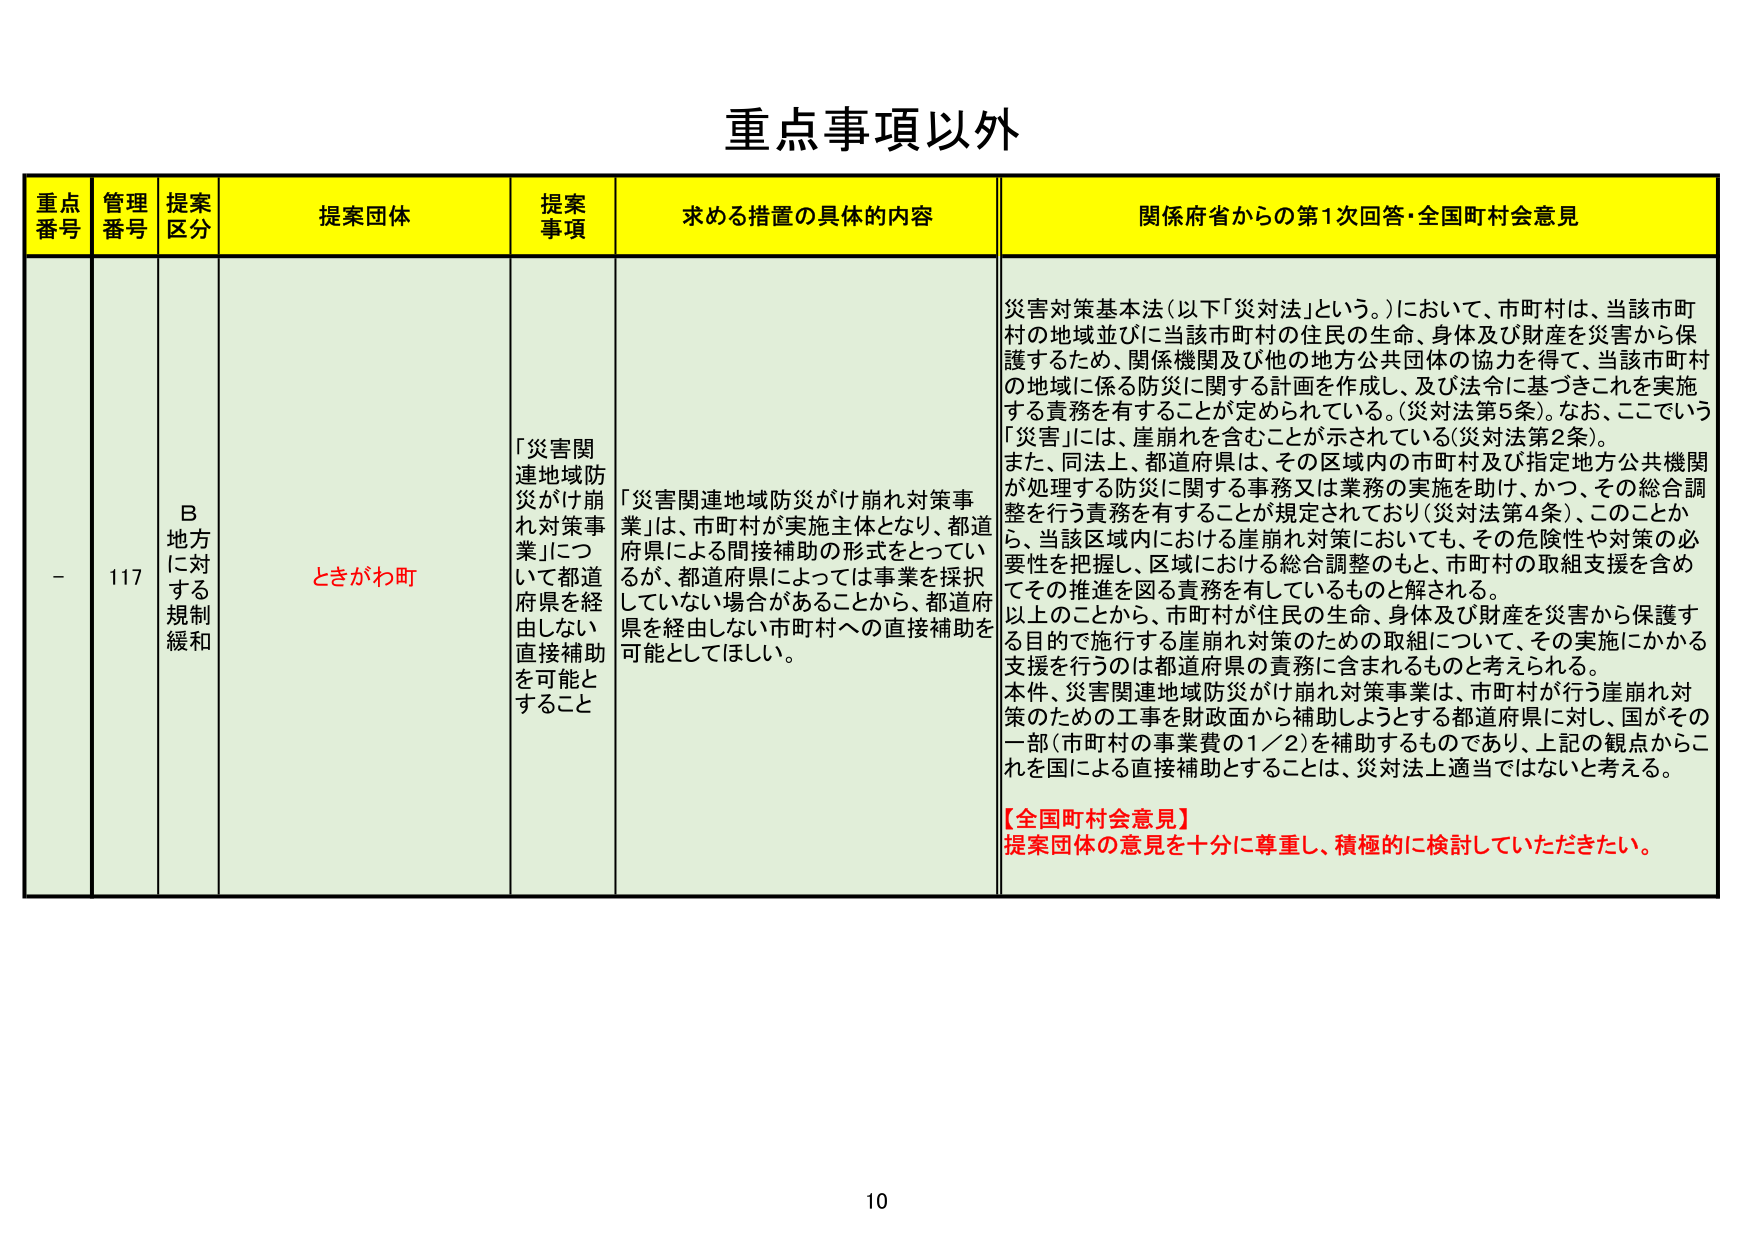
重点事項以外

重点番号 管理番号 提案区分 提案団体 提案事項 求める措置の具体的な内容 関係府省からの第1次回答・全国町村会意見

- 117 B 地方に対する規制緩和 ときがわ町 「災害関連地域防災がけ崩れ対策事業」について都道府県を経由しない直接補助を可能とすること 「災害関連地域防災がけ崩れ対策事業」は、市町村が実施主体となり、都道府県による間接補助の形式となっていが、都道府県によっては事業を採択していない場合があることから、都道府県を経由しない市町村への直接補助を可能としてほしい。 災害対策基本法（以下「災対法」という。）において、市町村は、当該市町村の地域並びに当該市町村の住民の生命、身体及び財産を災害から保護するため、関係機関及び他の地方公共団体の協力を得て、当該市町村の地域に係る防災に関する計画を作成し、及び法令に基づきこれを実施する責務を有することが定められている。（災対法第5条）。なお、ここでいう「災害」には、崖崩れを含むことが示されている（災対法第2条）。 また、同法上、都道府県は、その区域内の市町村及び指定地方公共機関が処理する防災に関する事務又は業務の実施を助け、かつ、その総合調整を行う責務を有することが規定されており（災対法第4条）、このことから、当該区域内における崖崩れ対策においても、その危険性や対策の必要性を把握し、区域における総合調整のもと、市町村の取組支援を含めてその推進を図る責務を有しているものと解される。 以上のことから、市町村が住民の生命、身体及び財産を災害から保護する目的で施行する崖崩れ対策のための取組について、その実施にかかる支援を行うのは都道府県の責務に含まれるものと考えられる。 本件、災害関連地域防災がけ崩れ対策事業は、市町村が行う崖崩れ対策のための工事を財政面から補助しようとする都道府県に対し、国がその一部（市町村の事業費の1／2）を補助するものであり、上記の観点からこれを国による直接補助とすることは、災対法上適当ではないと考える。 【全国町村会意見】 提案団体の意見を十分に尊重し、積極的に検討していただきたい。

10